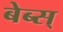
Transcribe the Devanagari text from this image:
बेब्स्